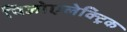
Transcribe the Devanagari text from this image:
पिजोएलेक्ट्रिक